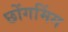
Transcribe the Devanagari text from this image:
छोंगमिंग